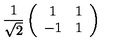
\frac { 1 } { \sqrt { 2 } } \left( \begin{array} { c c } { 1 } & { 1 } \\ { - 1 } & { 1 } \\ \end{array} \right)